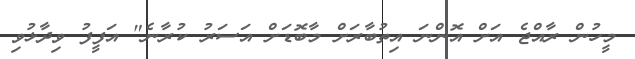
މީހުން ރާއްޖެ އަށް އޮންނަ އިތުބާރަށް މާބޮޑަށް އަސަރު ކުރާނެ" އަފީފު ވިދާޅުވި